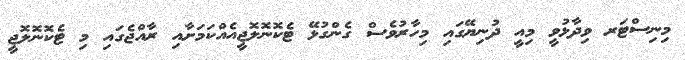
މިނިސްޓަރ ވިދާޅުވީ މިއީ ދުނިޔޭގައި މިހާރުވެސް ގެންގުޅޭ ޓެކޮނޮލޮޖީއެއްކަމަށާއި ރާއްޖެގައި މި ޓެކޮނޮލޮޖީ